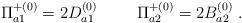
LaTeX: \begin{align*}{\Pi}^{+(0)}_{a1} = 2D^{(0)}_{a1} \hspace{1cm} {\Pi}^{+(0)}_{a2} = 2B^{(0)}_{a2} \ .\end{align*}